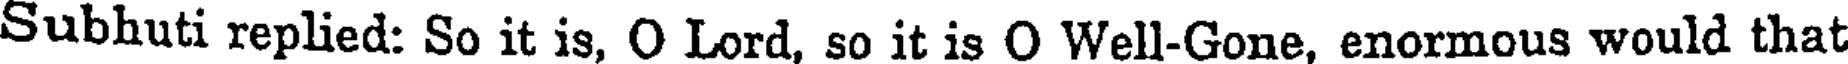
Subhuti replied: So it is, O Lord, so it is O Well-Gone, enormous would that